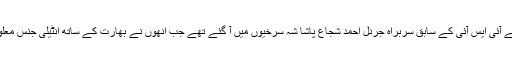
بھارت میں سنہ 2008 کے ممبئی حملوں کے بعد پاکستان میں اس وقت کے آئی ایس آئی کے سابق سربراہ جرنل احمد شجاع پاشا شہ سرخیوں میں آ گئے تھے جب انھوں نے بھارت کے ساتھ انٹیلی جنس معلومات کا تبادلہ کرنے کے لیے بھارت کا دورہ کرنے سے انکار کر دیا تھا۔